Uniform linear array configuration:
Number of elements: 32
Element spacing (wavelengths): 0.25
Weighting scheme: cosine
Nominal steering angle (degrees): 45
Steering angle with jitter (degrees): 43.291
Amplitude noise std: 0.05
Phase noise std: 0.05

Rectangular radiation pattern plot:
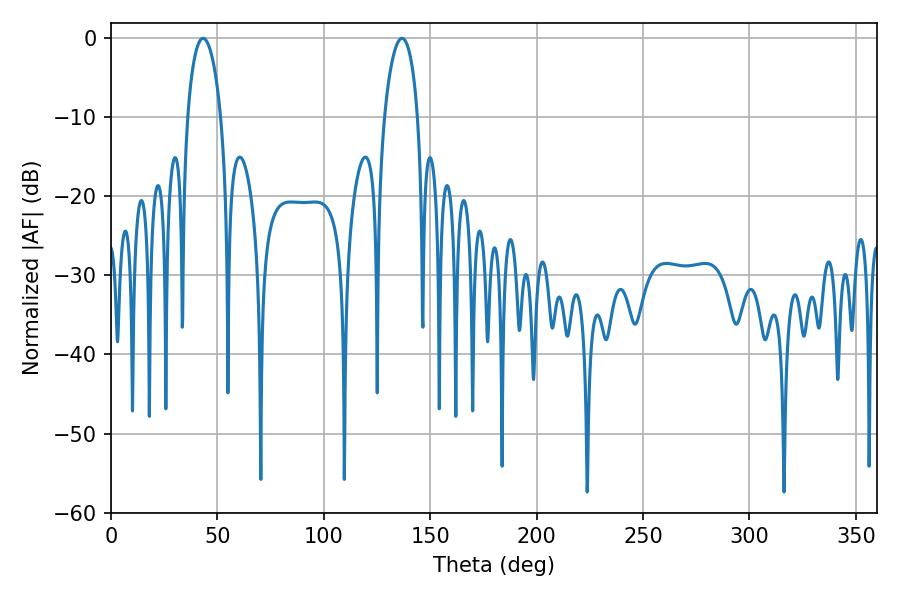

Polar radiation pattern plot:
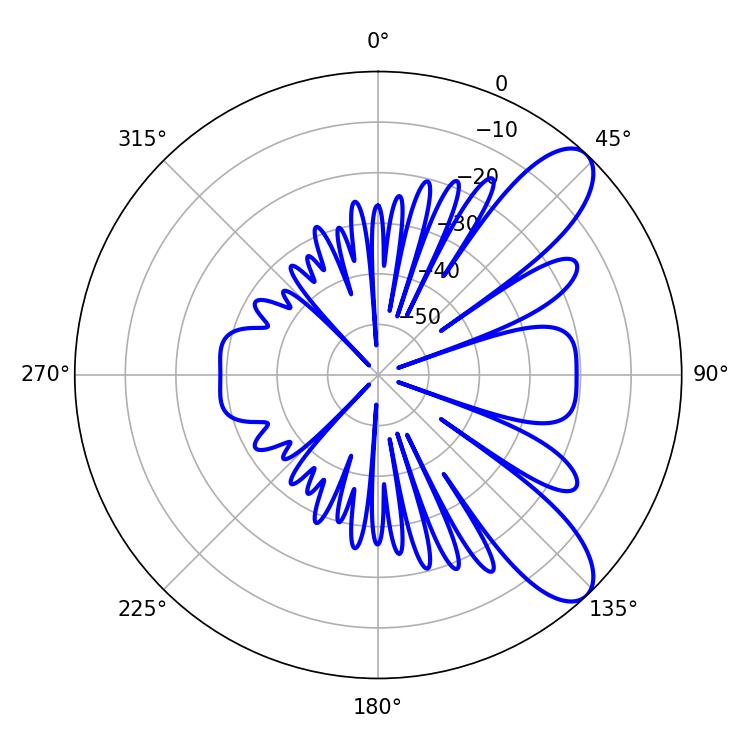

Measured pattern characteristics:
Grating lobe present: FALSE
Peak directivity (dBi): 9.253
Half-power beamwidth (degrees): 9
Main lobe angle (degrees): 136.8